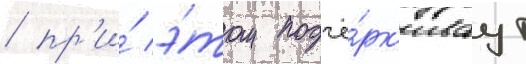
/ пр'и́ э́том подчё́рк'иваут